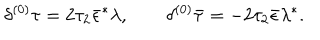
LaTeX: { \delta ^ { ( 0 ) } \tau = 2 \tau _ { 2 } \bar { \epsilon } ^ { * } \lambda , \qquad \delta ^ { ( 0 ) } \bar { \tau } = - 2 \tau _ { 2 } \bar { \epsilon } \lambda ^ { * } . }